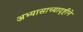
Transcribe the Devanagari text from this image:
अभ्यासाच्यादृष्टीने